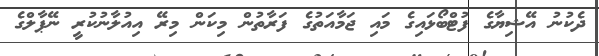
ދެކުނު އޭޝިޔާގެ ފުޓްބޯޅައިގެ މައި ޖަމާއަތުގެ ފަރާތުން މިކަން މިރޭ އިއުލާނުކުރީ ނޭޕާލްގެ